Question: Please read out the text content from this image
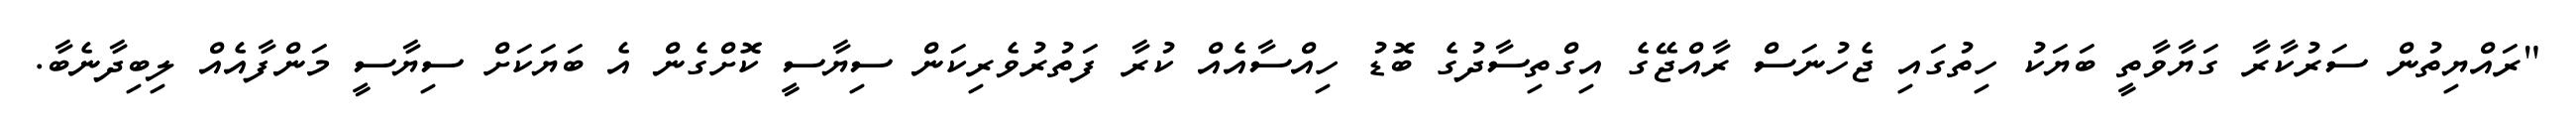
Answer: "ރައްޔިތުން ސަރުކާރާ ގަޔާވާތީ ބަޔަކު ހިތުގައި ޖެހުނަސް ރާއްޖޭގެ އިގްތިސާދުގެ ބޮޑު ހިއްސާއެއް ކުރާ ފަތުރުވެރިކަން ސިޔާސީ ކޮށްގެން އެ ބަޔަކަށް ސިޔާސީ މަންފާއެއް ލިބިދާނެބާ.